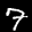
Label: 7